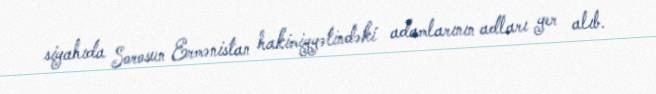
siyahıda Sorosun Ermənistan hakimiyyətindəki adamlarının adları yer alıb.